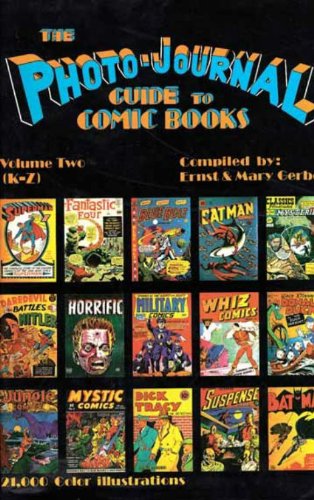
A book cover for The Photo-Journal Guide to Comic Books, Vol. 2: K-Z; Ernst Gerber; Crafts, Hobbies & Home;